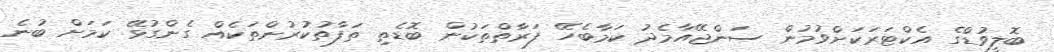
ބޮލީވުޑްގެ އެކްޓަރަކަށްވުމުން ސަންޖޭއާމެދު ކަމާބެހޭ ފަރާތްތަކުން ބޮޑެތި ތަފާތުކުރުންތަކެއް ގެންގުޅޭ ކަމަށް ބުނެ